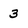
Character: 3